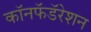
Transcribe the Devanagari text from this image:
कॉनफॅडॅरेशन